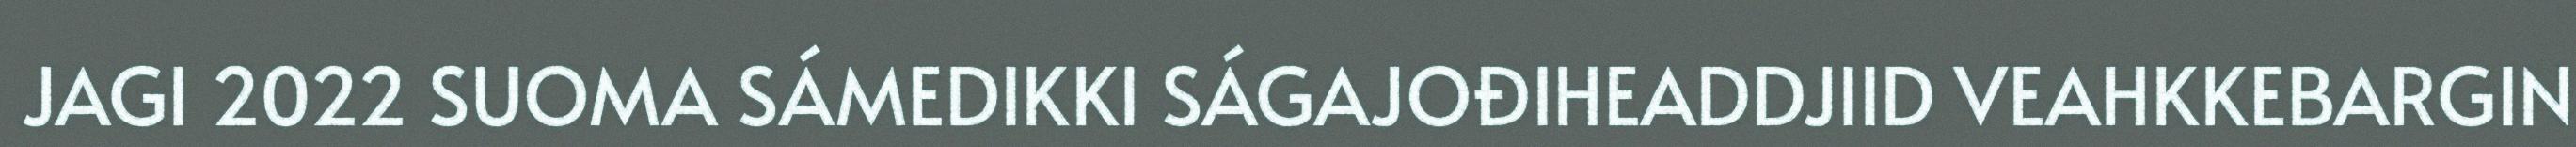
JAGI 2022 SUOMA SÁMEDIKKI SÁGAJOĐIHEADDJIID VEAHKKEBARGIN